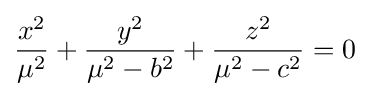
{\frac {x^{2}}{\mu ^{2}}}+{\frac {y^{2}}{\mu ^{2}-b^{2}}}+{\frac {z^{2}}{\mu ^{2}-c^{2}}}=0